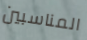
المناسبين